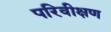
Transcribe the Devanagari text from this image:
परिवीक्षण